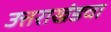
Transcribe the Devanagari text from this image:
उत्तराखंडचा